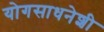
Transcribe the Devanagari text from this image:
योगसाधनेशी